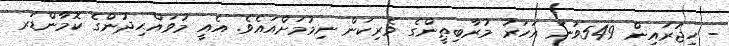
- ހިޖުރައިން 549ވަނަ އަހަރު މުރާބިޠީންގެ ވެރިކަން ނިމުމަށްއައެވެ. އެއީ މުވައްޙިދުންގެ ކޮމާންޑަރ